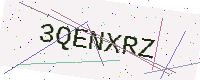
Text: 3QENXRZ